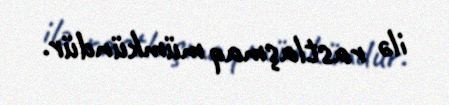
ilə rastlaşmaq mümkündür.